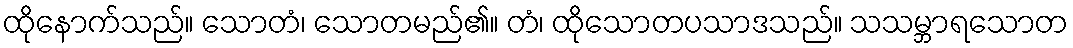
ထိုနောက်သည်။ သောတံ၊ သောတမည်၏။ တံ၊ ထိုသောတပသာဒသည်။ သသမ္ဘာရသောတ